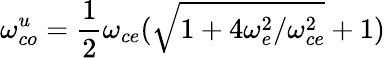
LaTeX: \omega_{co}^{u}=\frac{1}{2}\omega_{ce}(\sqrt{1+4\omega_{e}^{2}/\omega_{ce}^{2}}+1)